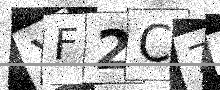
Text: XF2C7D